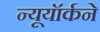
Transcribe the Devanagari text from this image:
न्यूयॉर्कने